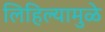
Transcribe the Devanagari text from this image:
लिहिल्यामुळे